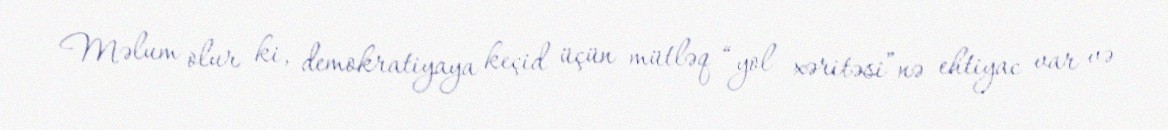
Məlum olur ki, demokratiyaya keçid üçün mütləq “yol xəritəsi”nə ehtiyac var və